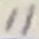
Text: 11